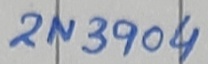
Text: 2N3904